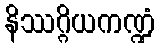
နိဿဂ္ဂိယကဏ္ဍံ